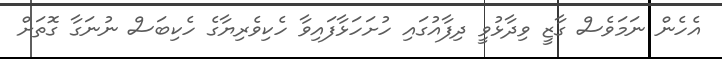
އެހެން ނަމަވެސް ގާޒީ ވިދާޅުވީ ދިފާއުގައި ހުށަހަޅާފައިވާ ހެކިވެރިޔާގެ ހެކިބަސް ނުނަގާ ގޮތަށް